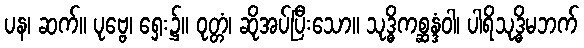
ပန၊ ဆက်။ ပုဗ္ဗေ၊ ရှေး၌။ ဝုတ္တံ၊ ဆိုအပ်ပြီးသော။ သုဒ္ဓိကစ္ဆန္ဒံဝါ၊ ပါရိသုဒ္ဓိမဘက်